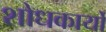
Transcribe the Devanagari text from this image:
शोधकार्यो